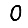
Digit: 0